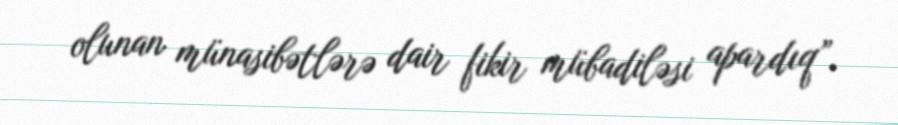
olunan münasibətlərə dair fikir mübadiləsi apardıq”.